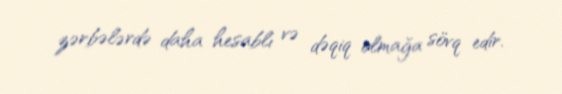
zərbələrdə daha hesablı və dəqiq olmağa sövq edir.